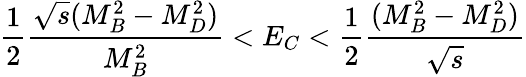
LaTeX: \frac{1}{2}\frac{\sqrt{s}(M_{B}^{2}-M_{D}^{2})}{M_{B}^{2}}<E_{C}<{\frac{1}{2}}{\frac{(M_{B}^{2}-M_{D}^{2})}{\sqrt{s}}}